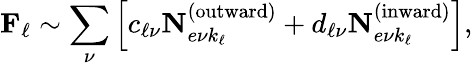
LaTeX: \mathbf{F}_{\ell}\sim\sum_{\nu}\left[c_{\ell\nu}\mathbf{N}_{e\nu k_{\ell}}^{(\textrm{outward})}+d_{\ell\nu}\mathbf{N}_{e\nu k_{\ell}}^{(\textrm{inward})}\right],